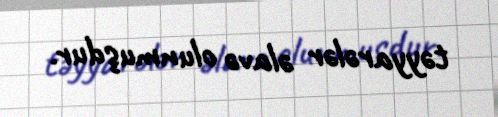
təyyarələr əlavə olunmuşdur.